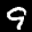
Label: 9